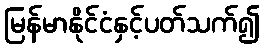
မြန်မာနိုင်ငံနှင့်ပတ်သက်၍